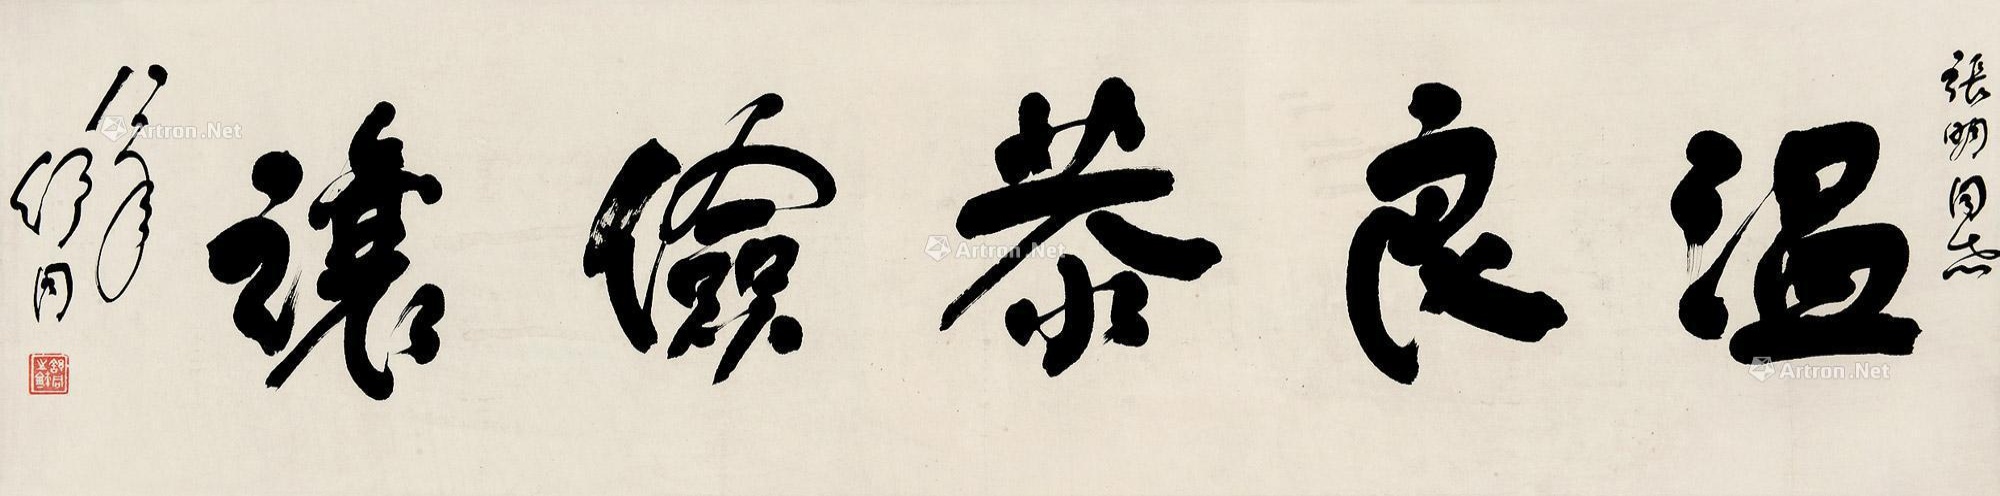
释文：温良恭俭让张明同志，八一年舒同。